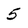
Character: 5